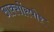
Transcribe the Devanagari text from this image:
आक्सोंस्पोर